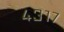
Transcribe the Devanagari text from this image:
४३१७